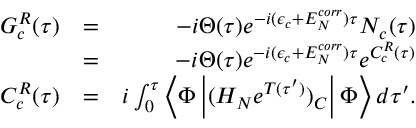
\begin{array} { r l r } { G _ { c } ^ { R } ( \tau ) } & { = } & { - i \Theta ( \tau ) e ^ { - i ( \epsilon _ { c } + E _ { N } ^ { c o r r } ) \tau } N _ { c } ( \tau ) } \\ & { = } & { - i \Theta ( \tau ) e ^ { - i ( \epsilon _ { c } + E _ { N } ^ { c o r r } ) \tau } e ^ { C _ { c } ^ { R } ( \tau ) } } \\ { C _ { c } ^ { R } ( \tau ) } & { = } & { i \int _ { 0 } ^ { \tau } \left< \Phi \left| ( H _ { N } e ^ { T ( \tau ^ { \prime } ) } ) _ { C } \right| \Phi \right> d \tau ^ { \prime } . } \end{array}